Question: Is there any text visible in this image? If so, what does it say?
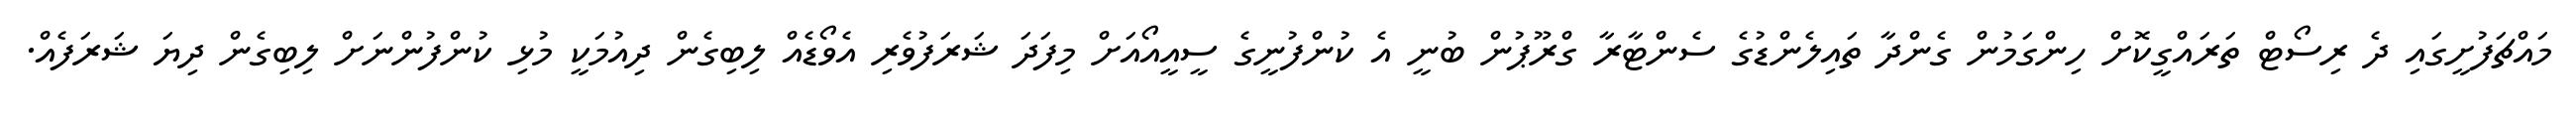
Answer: މައްޗަފުށީގައި ދެ ރިސޯޓް ތަރައްގީކޮށް ހިންގަމުން ގެންދާ ތައިލެންޑުގެ ސެންޓާރާ ގްރޫޕުން ބުނީ އެ ކުންފުނީގެ ސީއީއޯއަށް މިފަދަ ޝަރަފުވެރި އެވޯޑެއް ލިބިގެން ދިއުމަކީ މުޅި ކުންފުންނަށް ލިބިގެން ދިޔަ ޝަރަފެއް.